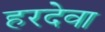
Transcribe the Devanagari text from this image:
हरदेवा